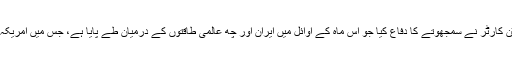
وزیر دفاع ایشٹن کارٹر نے سمجھوتے کا دفاع کیا جو اس ماہ کے اوائل میں ایران اور چھ عالمی طاقتوں کے درمیان طے پایا ہے، جس میں امریکہ بھی شامل ہے۔